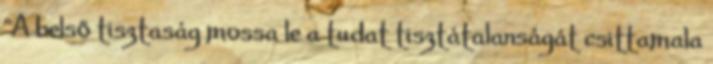
"A belső tisztaság mossa le a tudat tisztátalanságát csittamala